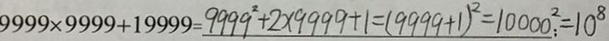
9 9 9 9 \times 9 9 9 9 + 1 9 9 9 9 = 9 9 9 9 ^ { 2 } + 2 \times 9 9 9 9 + 1 = ( 9 9 9 9 + 1 ) ^ { 2 } = 1 0 0 0 0 ^ { 2 } = 1 0 ^ { 8 }